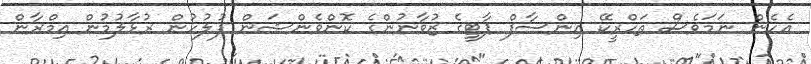
އެހެން ނަމަވެސް ތަހްރީކޭ އިންސާފް ޕާޓީގެ ޒުވާނުންގެ ކޮންވެންޝަން ފުލުހުން ރުޅާލުމުން އިމްރާން